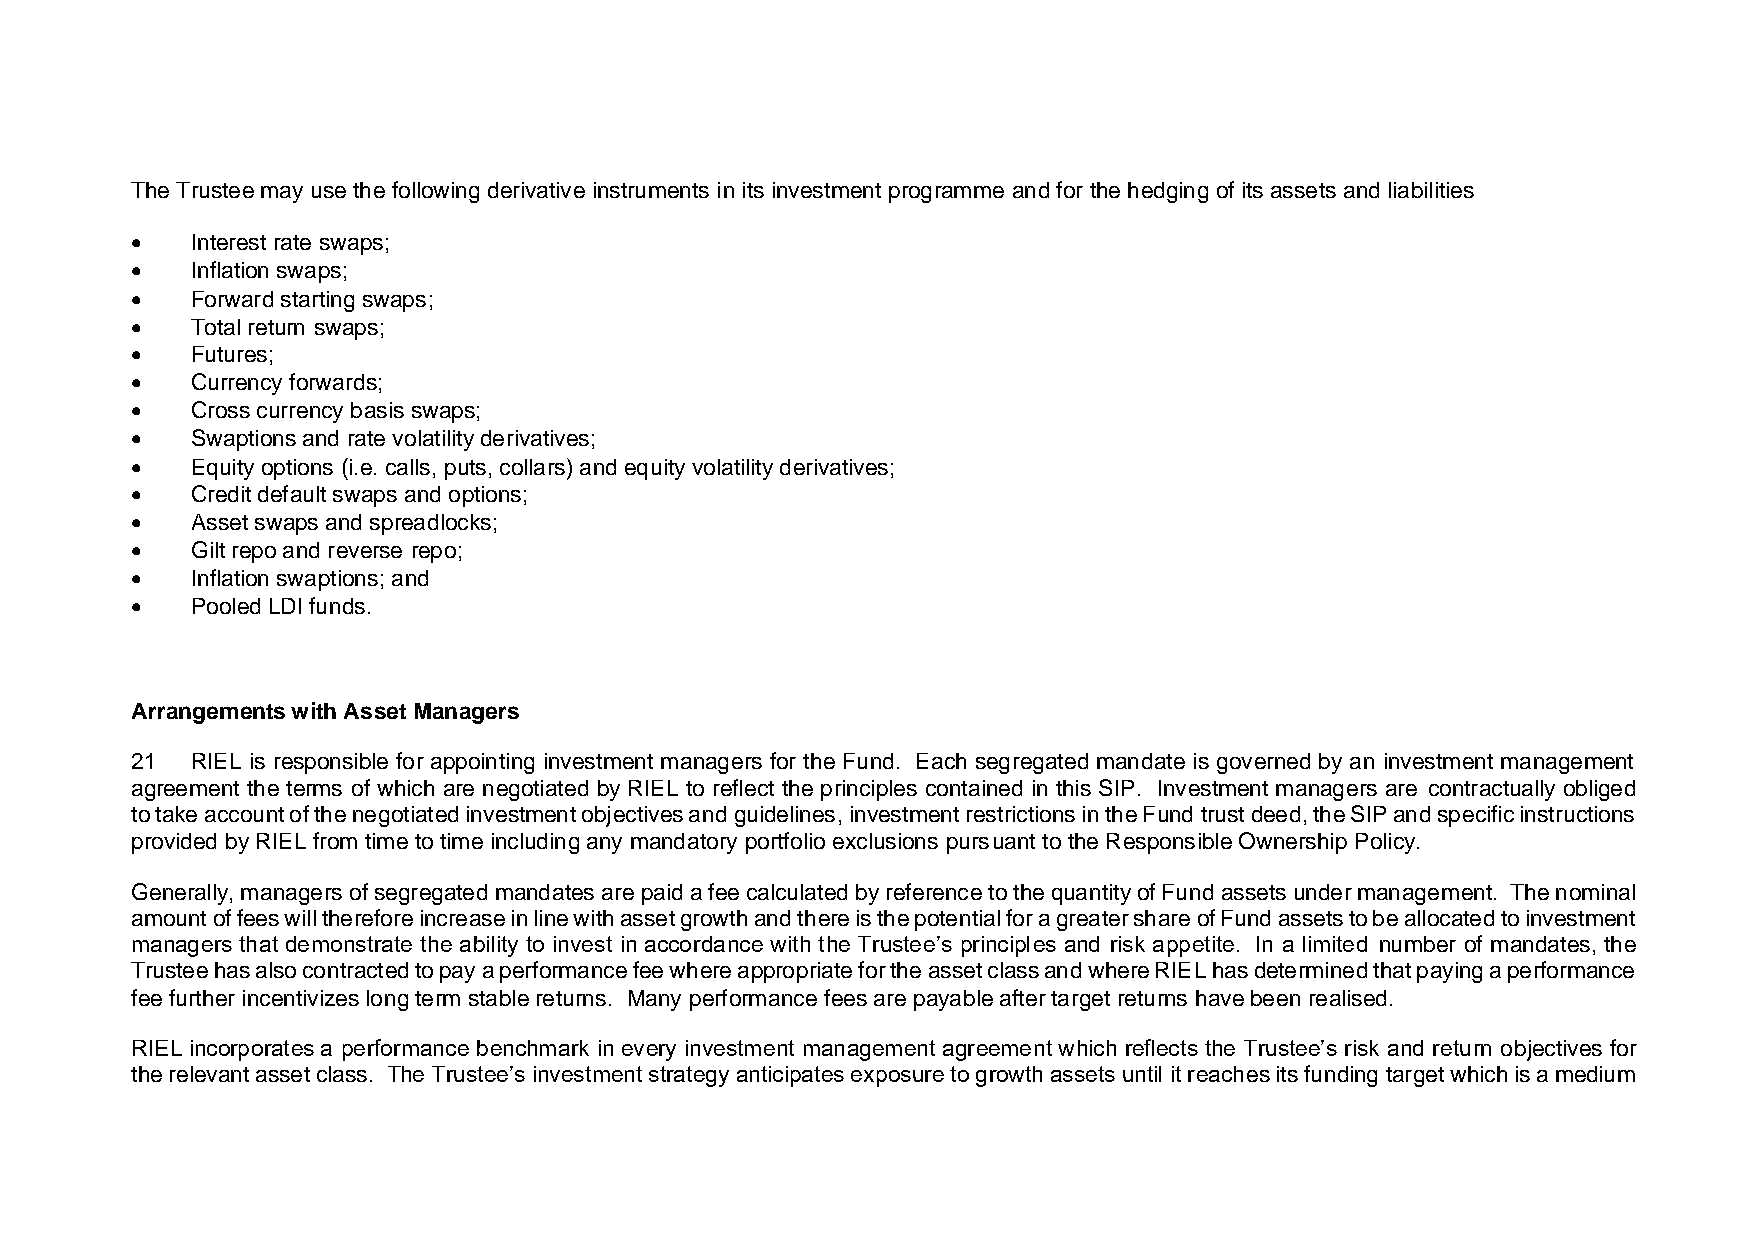
The Trustee may use the following derivative instruments in its investment programme and for the hedging of its assets and liabilities
 •   Interest rate swaps;
 •   Inflation swaps;
 •   Forward starting swaps;
 •   Total return swaps;
 •   Futures;
 •   Currency forwards;
 •   Cross currency basis swaps;
 •   Swaptions and rate volatility derivatives;
 •   Equity options (i.e. calls, puts, collars) and equity volatility derivatives;
 •   Credit default swaps and options;
 •   Asset swaps and spreadlocks;
 •   Gilt repo and reverse repo;
 •   Inflation swaptions; and
 •   Pooled LDI funds.
 Arrangements with Asset Managers
 21  RIEL is responsible for appointing investment managers for the Fund. Each segregated mandate is governed by an investment management
 agreement the terms of which are negotiated by RIEL to reflect the principles contained in this SIP. Investment managers are contractually obliged
 to take account of the negotiated investment objectives and guidelines, investment restrictions in the Fund trust deed, the SIP and specific instructions
 provided by RIEL from time to time including any mandatory portfolio exclusions pursuant to the Responsible Ownership Policy.
 Generally, managers of segregated mandates are paid a fee calculated by reference to the quantity of Fund assets under management. The nominal
 amount of fees will therefore increase in line with asset growth and there is the potential for a greater share of Fund assets to be allocated to investment
 managers that demonstrate the ability to invest in accordance with the Trustee’s principles and risk appetite. In a limited number of mandates, the
 Trustee has also contracted to pay a performance fee where appropriate for the asset class and where RIEL has determined that paying a performance
 fee further incentivizes long term stable returns. Many performance fees are payable after target returns have been realised.
 RIEL incorporates a performance benchmark in every investment management agreement which reflects the Trustee’s risk and return objectives for
 the relevant asset class. The Trustee’s investment strategy anticipates exposure to growth assets until it reaches its funding target which is a medium